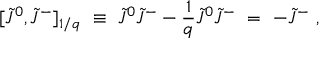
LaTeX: [ \tilde { J } ^ { 0 } , \tilde { J } ^ { - } ] _ { 1 / q } \ \equiv \ \tilde { J } ^ { 0 } \tilde { J } ^ { - } - \frac { 1 } { q } \tilde { J } ^ { 0 } \tilde { J } ^ { - } \ = \ - \tilde { J } ^ { - } \ ,